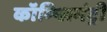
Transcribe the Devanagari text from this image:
कॉम्प्लिमंट्री